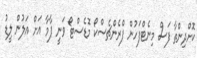
ކޮށްދިންތާ ފަސް މިނެޓްފަހުން ފްރެންޗެސްކޯ މޮޑެސްޓޯ ވަނީ ޕާމާ އަށް އަލުން ލީޑު